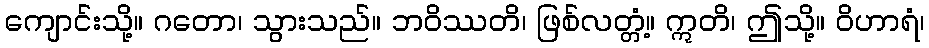
ကျောင်းသို့။ ဂတော၊ သွားသည်။ ဘဝိဿတိ၊ ဖြစ်လတ္တံ့။ ဣတိ၊ ဤသို့။ ဝိဟာရံ၊